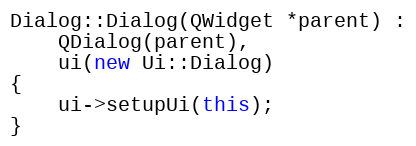
Language: C++
Dialog::Dialog(QWidget *parent) :
    QDialog(parent),
    ui(new Ui::Dialog)
{
    ui->setupUi(this);
}